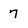
Character: 7